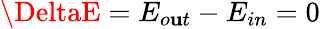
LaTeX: \DeltaE=E_{o\mathbf{u}t}-E_{in}=0